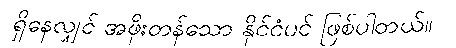
ရှိနေလျှင် အဖိုးတန်သော နိုင်ငံပင် ဖြစ်ပါတယ်။